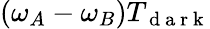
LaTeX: (\omega_{A}-\omega_{B})T_{\mathrm{~d~a~r~k~}}